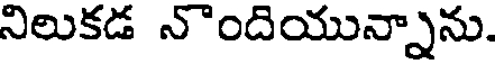
నిలుకడ నొందియున్నాను.